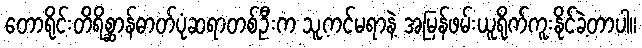
တောရိုင်းတိရိစ္ဆာန်ဓာတ်ပုံဆရာတစ်ဦးက သူ့ကင်မရာနဲ့ အမြန်ဖမ်းယူရိုက်ကူးနိုင်ခဲ့တာပါ။